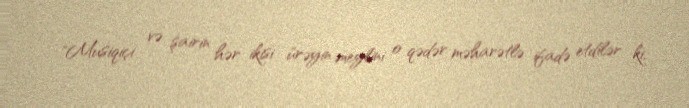
"Musiqiçi və şairin hər ikisi ürəyin meylini o qədər məharətlə ifadə etdilər ki,